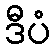
ဒီပံ